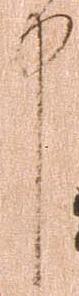
中